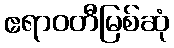
ဧရာဝတီမြစ်ဆုံ